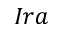
I r a